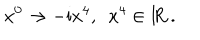
LaTeX: x ^ { 0 } \to - \mathrm { i } x ^ { 4 } , \enspace x ^ { 4 } \in \mathrm { I \! R } \, .